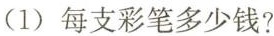
(1)每支彩笔多少钱?